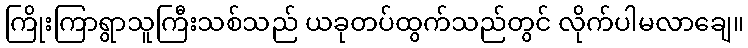
ကြိုးကြာရွာသူကြီးသစ်သည် ယခုတပ်ထွက်သည်တွင် လိုက်ပါမလာချေ။